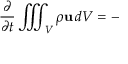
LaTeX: { \frac { \partial } { \partial t } } \iiint _ { \scriptstyle V } \rho \mathbf { u } \, d V = - \, { }